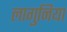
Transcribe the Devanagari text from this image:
लागुनिया